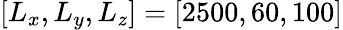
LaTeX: [L_{x},L_{y},L_{z}]=[2500,60,100]